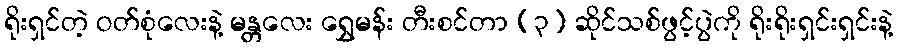
ရိုးရှင်တဲ့ ဝတ်စုံလေးနဲ့ မန္တလေး ရွှေမန်း တီးစင်တာ (၃) ဆိုင်သစ်ဖွင့်ပွဲကို ရိုးရိုးရှင်းရှင်းနဲ့